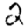
Digit: 2